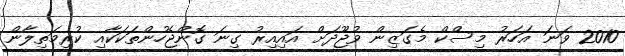
2010 ވަނަ އަހަރު މިސްކް މެގަޒިން ވުޖޫދަށް އައިއިރު ގިނަ ގޮންޖެހުންތަކަކާއި ކުރިމަތިލާން